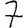
Digit: 7